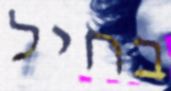
בחיל